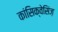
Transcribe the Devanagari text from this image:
कांसिक्वेसिंज़